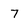
Character: 7